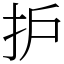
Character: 护